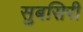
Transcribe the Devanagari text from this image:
सुबसिरी